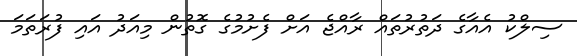
ސިލްކު އެއާގެ ދަތުރުތައް ރާއްޖެ އަށް ފެށުމުގެ ގޮތުން މިއަދު އައި ފުރަތަމަ